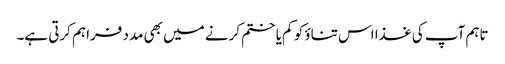
تاہم آپ کی غذا اس تناؤ کو کم یا ختم کرنے میں بھی مدد فراہم کرتی ہے۔